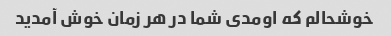
خوشحالم که اومدی شما در هر زمان خوش آمدید